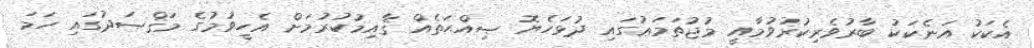
އެކަކު އަނެކަކު ބާރުވެރިކުރުވުމާއީ މުޖުތަމަޢުގައި ދުޅަހެޔޮ ޞިއްޙަތެއް ޤާއިމުކުރުމަށް އެހީވުމުގެ މަޤްޞަދުގައި ހަމަ